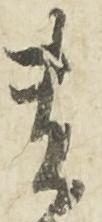
貴